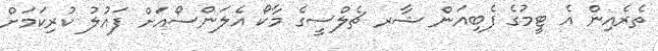
ތެރެއިން އެ ޓީމުގެ ފެބިއަން ޝާރ ޗެލްސީގެ މާކޯ އެލަންސޯއަށް ފައުލު ކުރިކަމަށް